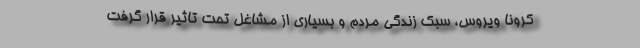
کرونا ویروس، سبک زندگی مردم و بسیاری از مشاغل تحت تاثیر قرار گرفت